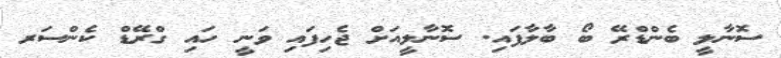
ސޮނާލީ ބެންޑްރޭ ބޯ ބާލާފައި. ސޮނާލީއަށް ޖެހިފައި ވަނީ ހައި ގްރޭޑް ކެންސަރ